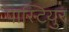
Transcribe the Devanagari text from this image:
पास्टियुर